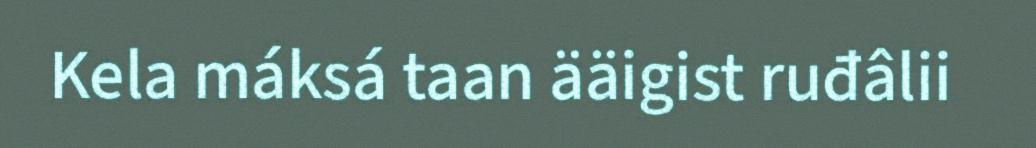
Kela máksá taan ääigist ruđâlii